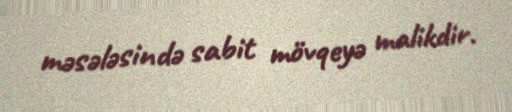
məsələsində sabit mövqeyə malikdir.